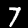
Label: 7